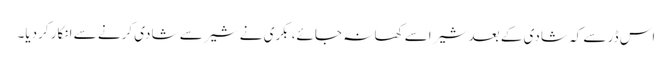
اس ڈر سے کہ شادی کے بعد شیر اسے کھا نہ جائے، بکری نے شیر سے شادی کرنے سے انکار کردیا۔